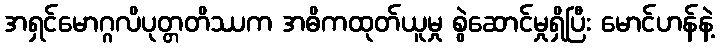
အရှင်မောဂ္ဂလိပုတ္တတိဿက အဓိကထုတ်ယူမှု စွဲဆောင်မှုရှိပြီး မောင်ဟန်နဲ့